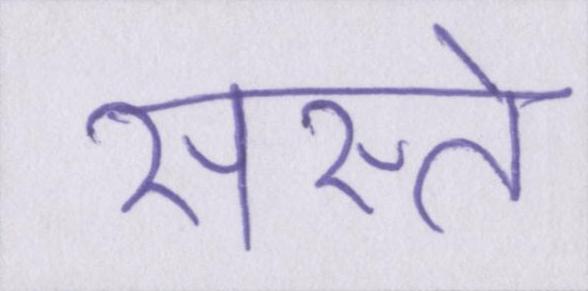
सस्ते